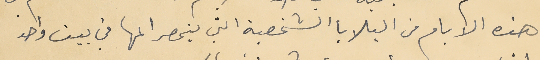
هذه الايام من البلايا الشخصية التي ينحصر المها في بيت واحد